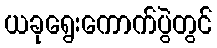
ယခုရွေးကောက်ပွဲတွင်